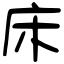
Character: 床